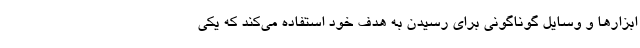
ابزارها و وسایل گوناگونی برای رسیدن به هدف خود استفاده می‌کند که یکی